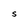
Character: S